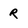
Character: R